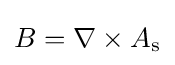
B=\nabla \times A_{\rm {s}}